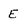
Character: E